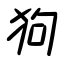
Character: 狗